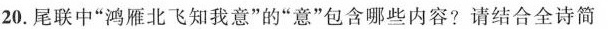
20.尾联中”鸿雁北飞知我意”的”意”包含哪些内容?请结合全诗简